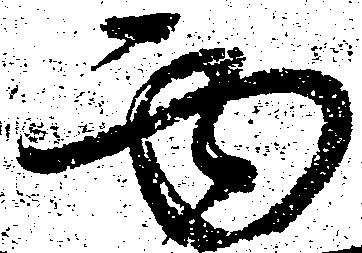
面